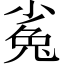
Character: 㝹